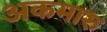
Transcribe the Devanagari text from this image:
अकमारु